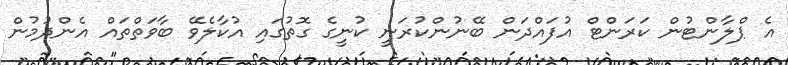
އެ ޕްލާންޓުން ކަރަންޓް އުފައްދަން ބޭނުންކުރަނީ ކުނީގެ ގޮތުގައި އުކާލެވޭ ބާވަތްތައް އެންދުމުން